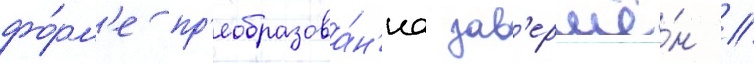
фо́рм'е пр'еобразова́н'иа зав'ершё́н //